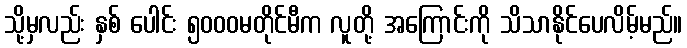
သို့မှလည်း နှစ် ပေါင်း ၅၀၀၀မတိုင်မီက လူတို့ အကြောင်းကို သိသာနိုင်ပေလိမ့်မည်။